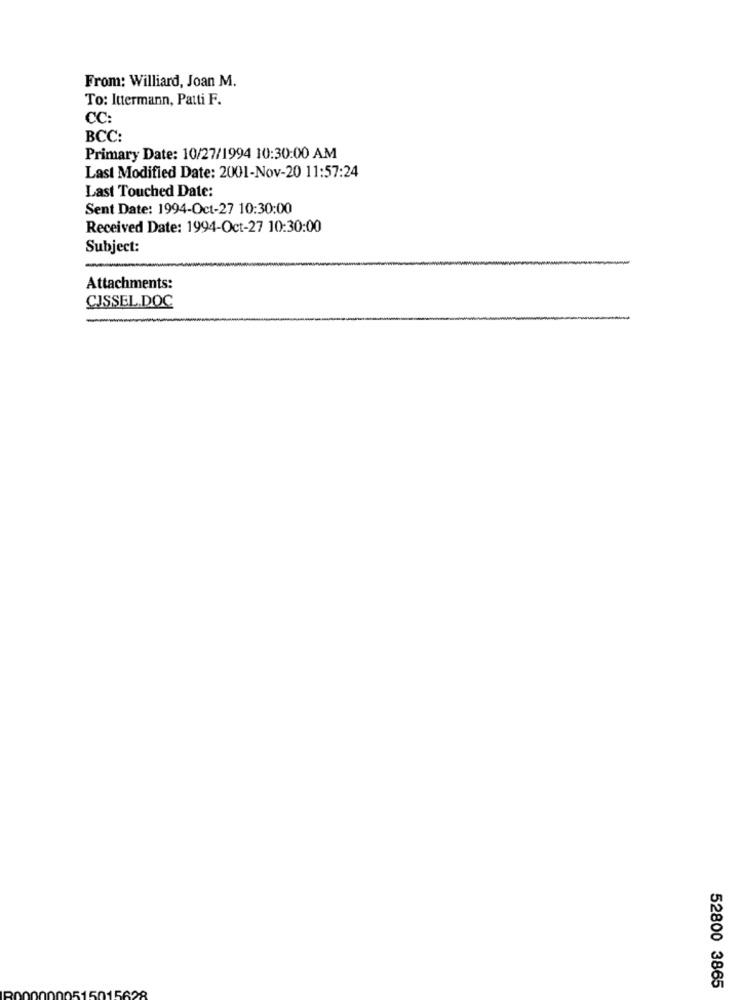
From: Williard, Joan M.
To: Ittermann, Patti F.
CC:
BCC:
Primary Date: 10/27/1994 10:30:00 AM
Last Modified Date: 2001-Nov-20 11:57:24
Last Touched Date:
Sent Date: 1994-Oct-27 10:30:00
Received Date: 1994-Oct-27 10:30:00
Subject:
Attachments:
CJSSEL.DOC
52800 3865